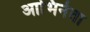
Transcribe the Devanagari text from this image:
आभिनेता